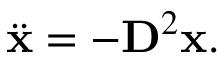
\ddot { \mathbf { x } } = - \mathbf { D } ^ { 2 } \mathbf { x } .